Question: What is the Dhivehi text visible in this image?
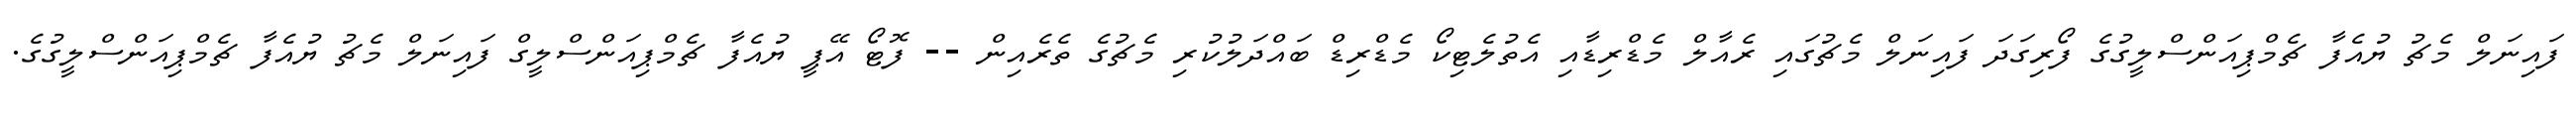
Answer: ފައިނަލް މެޗު ޔުއެފާ ޗެމްޕިއަންސްލީގުގެ ފޯރިގަދަ ފައިނަލް މެޗުގައި ރެއާލް މެޑްރިޑާއި އެތުލެޓިކޯ މެޑްރިޑް ބައްދަލުކުރި މެޗުގެ ތެރެއިން -- ފޮޓޯ އޭޕީ ޔުއެފާ ޗެމްޕިއަންސްލީގް ފައިނަލް މެޗު ޔުއެފާ ޗެމްޕިއަންސްލީގުގެ.